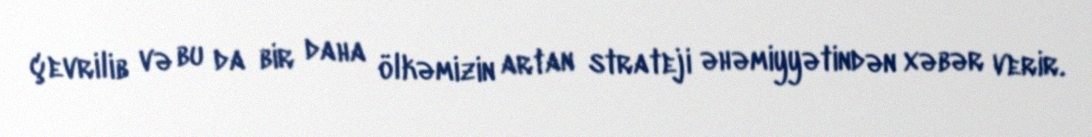
çevrilib və bu da bir daha ölkəmizin artan strateji əhəmiyyətindən xəbər verir.